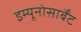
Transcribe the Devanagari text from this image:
इम्यूनोसार्बेंट